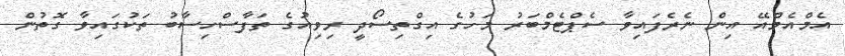
އެމްއެމްއޭ އިން ނެރެފައިވާ ސެޕްޓެމްބަރު މަހުގެ އިގްތިސޯދީ ރިވިއުގެ ތަފާސްހިސާބު ތަކުގައިވާ ގޮތުން